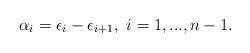
LaTeX: \begin{align*}\alpha_i=\epsilon_i-\epsilon_{i+1},\ i=1,...,n-1.\end{align*}